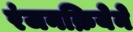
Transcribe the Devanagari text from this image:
रंजनक्रियेने